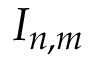
I _ { n , m }